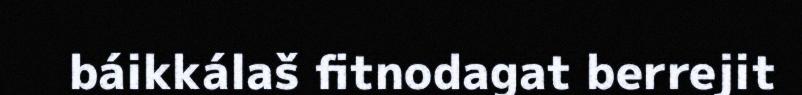
báikkálaš fitnodagat berrejit